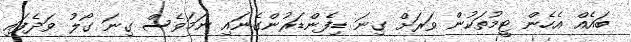
ބައެއް އެހެން ޓީމުތަކުން ވަރަށް ގިނަ ޑިފެންޑަރުންގެނައި ނަމަވެސް ގިނަ ގޯލު ވަދެފައި